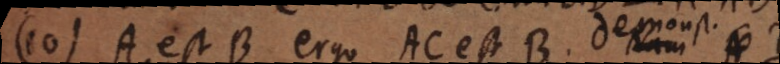
11) A est BC ergo A est B. Dem.